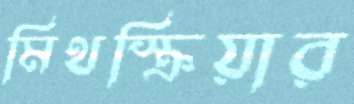
মিথস্ক্রিয়ার